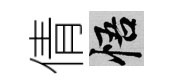
倩悟